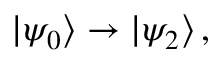
| \psi _ { 0 } \rangle \rightarrow | \psi _ { 2 } \rangle \, ,